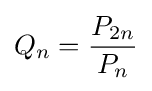
Q_{n}={\frac {P_{2n}}{P_{n}}}